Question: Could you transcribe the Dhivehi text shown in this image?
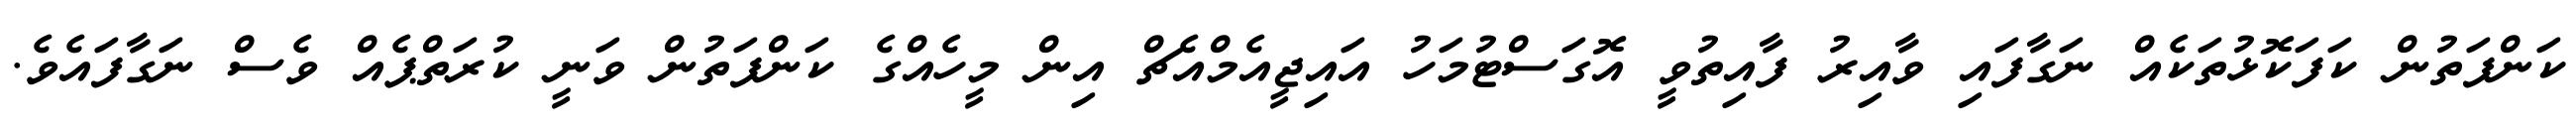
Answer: ކަންފަތުން ކަފަކޮޅުތަކެއް ނަގާފައި ވާއިރު ފާއިތުވީ އޮގަސްޓުމަހު އައިޖީއެމްއެޗް އިން މީހެއްގެ ކަންފަތުން ވަނީ ކުރަތްޕެއް ވެސް ނަގާފައެވެ.